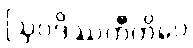
ဩဝဒိဿတီတိပေ